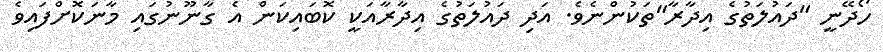
ހޯދޭނީ "ދައުލަތުގެ އިދާރާ"ތަކުންނެވެ. އަދި ދައުލަތުގެ އިދާރާއަކީ ކޮބައިކަން އެ ގާނޫނުގައި މާނަކޮށްފައިވެ